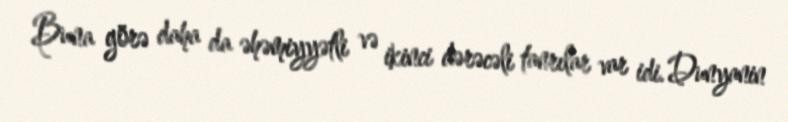
Buna görə daha da əhəmiyyətli və ikinci dərəcəli tanrılar var idi. Dunyanin